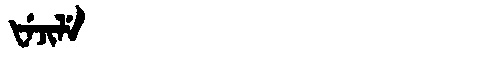
Manchu: ᡶᡝᠵᡳᠯᡝ
Romanization: FEJILE